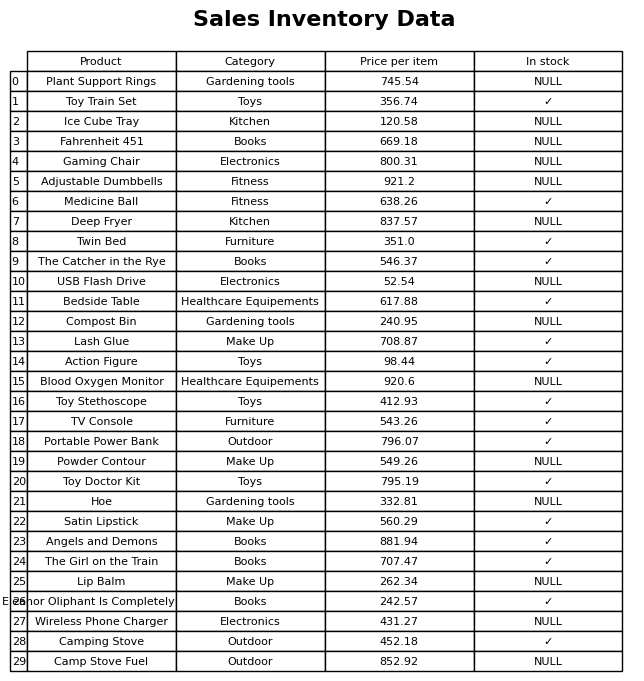
question: What is the price for Action Figure?
answer: The price of Action Figure is 98.44.